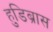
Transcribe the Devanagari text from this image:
हुडिब्रास